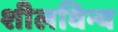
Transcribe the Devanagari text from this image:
शीलविन्य